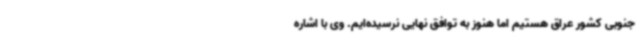
جنوبی کشور عراق هستیم اما هنوز به توافق نهایی نرسیده‌ایم. وی با اشاره